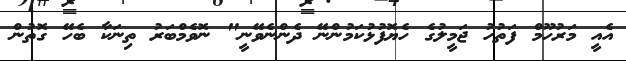
އެއީ މަރުހޫމް ފަތުހު ޖަމީލުގެ ހެޔޮފުޅުކަމުންނޭ ދެންނެވޭނީ" ނޮވެމްބަރު ތިނަކާ ބެހޭ ގޮތުން